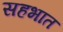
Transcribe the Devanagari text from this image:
सहभात